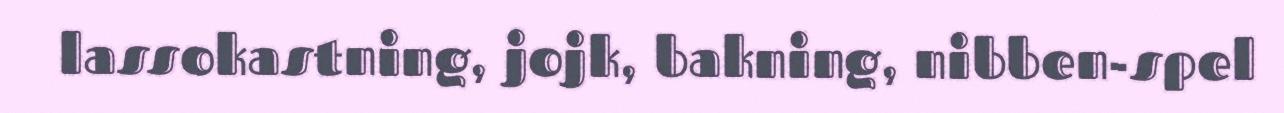
lassokastning, jojk, bakning, nibben-spel